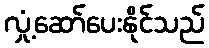
လှုံ့ဆော်ပေးနိုင်သည်